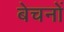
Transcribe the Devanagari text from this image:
बेचनों